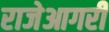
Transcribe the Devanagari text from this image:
राजेआगरी